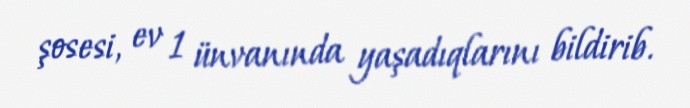
şosesi, ev 1 ünvanında yaşadıqlarını bildirib.